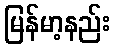
မြန်မာ့နည်း